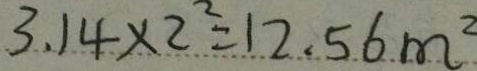
3 . 1 4 \times 2 ^ { 2 } = 1 2 . 5 6 m ^ { 2 }